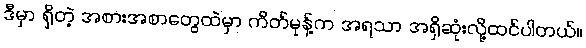
ဒီမှာ ရှိတဲ့ အစားအစာတွေထဲမှာ ကိတ်မုန့်က အရသာ အရှိဆုံးလို့ထင်ပါတယ်။